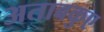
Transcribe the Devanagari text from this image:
अताबकुए